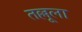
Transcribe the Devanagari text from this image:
तल्लूला